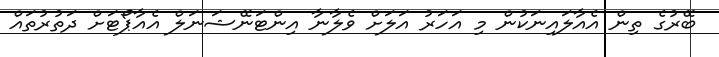
ބޭރުގެ ތިން އެއާލައިނަކުން މި އަހަރު އަލަށް ވެލާނާ އިންޓަނޭޝަނަލް އެއާޕޯޓަށް ދަތުރުތައް